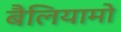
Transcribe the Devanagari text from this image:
बैलियामो